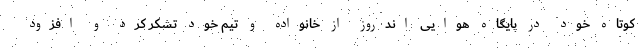
کوتاه خود در پایگاه هوایی اندروز از خانواده و تیم خود تشکر کرد و افزود